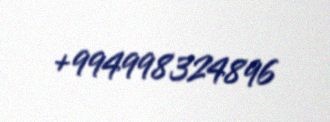
+994998324896